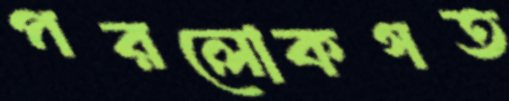
পরলোকগত